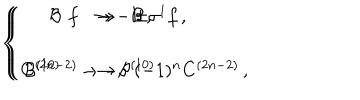
LaTeX: \left\{ \begin{array} { r c l } { { f } } & { { \rightarrow } } & { { \pm \sigma ^ { 1 } f \, , } } \\ { { } } & { { } } & { { } } \\ { { C ^ { ( 2 n - 2 ) } } } & { { \rightarrow } } & { { ( - 1 ) ^ { n } C ^ { ( 2 n - 2 ) } \, , } } \\ \end{array} \right. \hspace { 1 c m } \left\{ \begin{array} { r c l } { { { \cal B } } } & { { \rightarrow - { \cal B } \, , } } \\ { { } } & { { } } & { { } } \\ { { { \cal B } ^ { ( 1 0 ) } } } & { { \rightarrow - { \cal B } ^ { ( 1 0 ) } \, . } } \\ \end{array} \right.